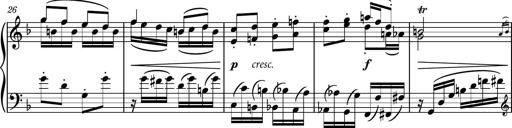
Title: Piano Sonatina No.8
Composer: Dimitri Sykias
Key: F major